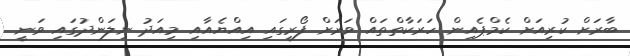
ބާރަށް ކުރިއަށް ކެމްޕެއިން ހަރަކާތްތައް ވަރަށް ފޯރީގައި އިއްޔެއާއި މިއަދު ނިލަންދުގައި ވަނީ